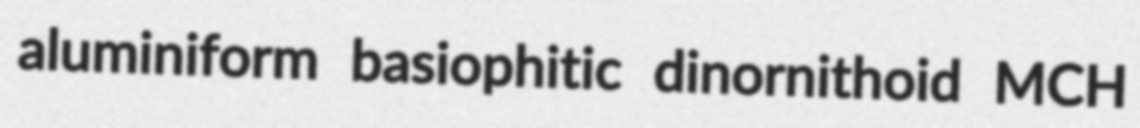
aluminiform basiophitic dinornithoid MCH